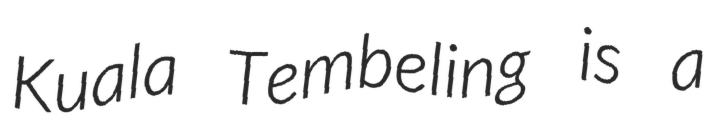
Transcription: Kuala Tembeling is a